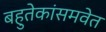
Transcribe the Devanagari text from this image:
बहुतेकांसमवेत